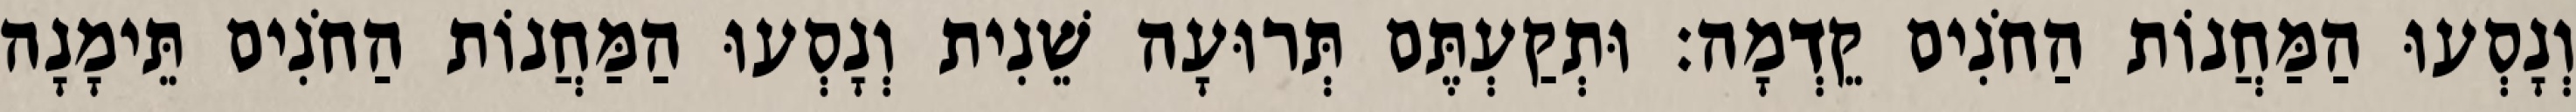
וְנָסְעוּ הַמַּחֲנוֹת הַחֹנִים קֵדְמָה׃ וּתְקַעְתֶּם תְּרוּעָה שֵׁנִית וְנָסְעוּ הַמַּחֲנוֹת הַחֹנִים תֵּימָנָה